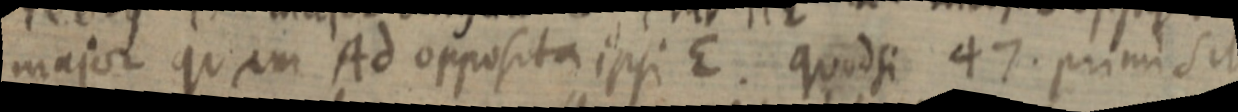
major quam Ad opposita ipsi E. quod si 47. primi sit